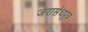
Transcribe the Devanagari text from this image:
जरासंधपुत्र